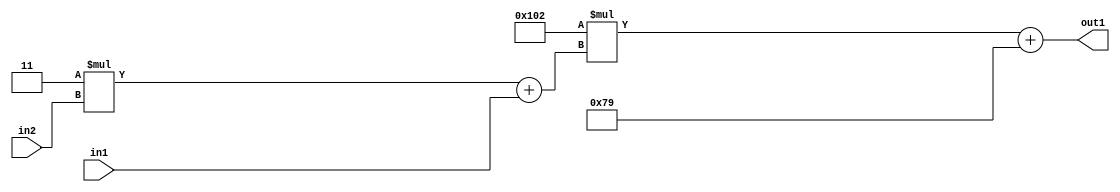
`timescale 1ps / 1ps
/*****************************************************************************
    Verilog RTL Description
    
    
    Created by: Stratus DpOpt 2019.1.01 
*******************************************************************************/

module DC_Filter_Add2i121Mul2i258Add2u1Mul2i3u2_1 (
	in2,
	in1,
	out1
	); /* architecture "behavioural" */ 
input [1:0] in2;
input  in1;
output [11:0] out1;
wire [11:0] asc001;
wire [3:0] asc002;

wire [3:0] asc002_tmp_0;
assign asc002_tmp_0 = 
	+(4'B0011 * in2);
assign asc002 = asc002_tmp_0
	+(in1);

wire [11:0] asc001_tmp_1;
assign asc001_tmp_1 = 
	+(12'B000100000010 * asc002);
assign asc001 = asc001_tmp_1
	+(12'B000001111001);

assign out1 = asc001;
endmodule

/* CADENCE  v7X1SQg= : u9/ySgnWtBlWxVPRXgAZ4Og= ** DO NOT EDIT THIS LINE ******/